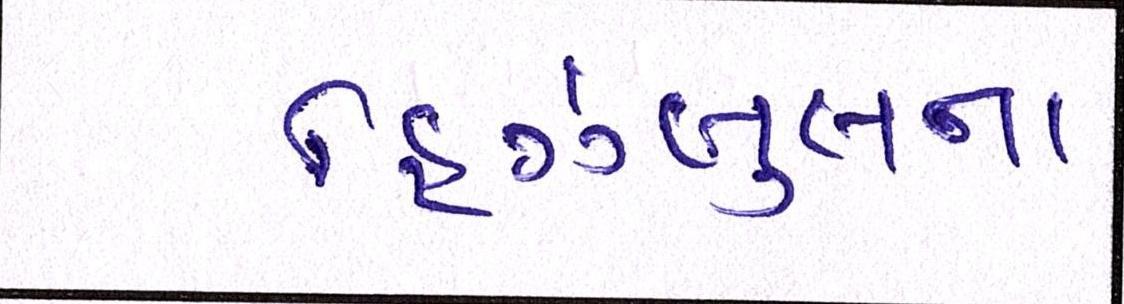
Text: હિઝબુલના